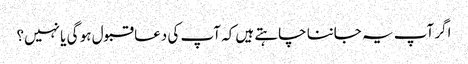
اگر آپ یہ جاننا چاہتے ہیں کہ آپ کی دعا قبول ہو گی یا نہیں؟